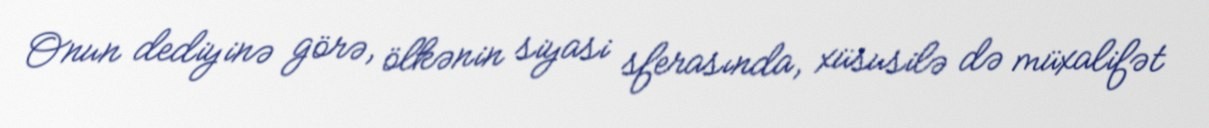
Onun dediyinə görə, ölkənin siyasi sferasında, xüsusilə də müxalifət